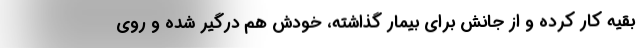
بقیه کار کرده و از جانش برای بیمار گذاشته، خودش هم درگیر شده و روی